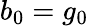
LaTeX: b_{0}=g_{0}